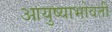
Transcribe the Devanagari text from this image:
आयुष्याभोवती